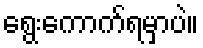
ရွေးကောက်ရမှာပဲ။